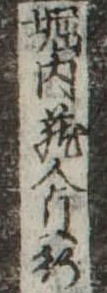
堀内蔵人貞行